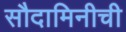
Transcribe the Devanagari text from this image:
सौदामिनीची